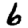
Digit: 6